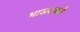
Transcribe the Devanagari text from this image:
भाऊरावाने